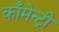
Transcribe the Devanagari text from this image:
काँमेन्ट्री